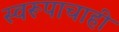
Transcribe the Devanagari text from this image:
स्वरूपाचाही